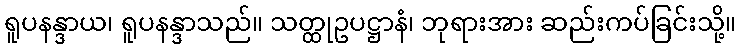
ရူပနန္ဒာယ၊ ရူပနန္ဒာသည်။ သတ္ထုဥပဋ္ဌာနံ၊ ဘုရားအား ဆည်းကပ်ခြင်းသို့။